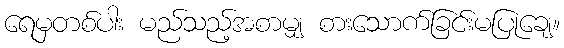
ရေမှတစ်ပါး မည်သည့်အစာမျှ စားသောက်ခြင်းမပြုချေ။